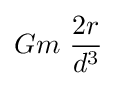
Gm~{\frac {2r}{d^{3}}}